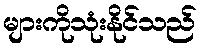
များကိုသုံးနိုင်သည်